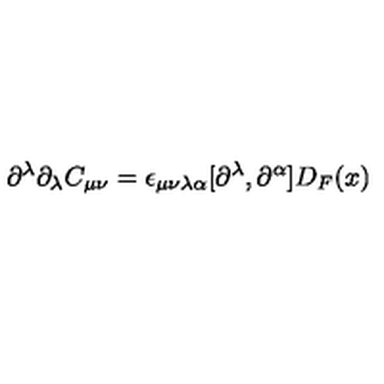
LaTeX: \partial ^ { \lambda } \partial _ { \lambda } C _ { \mu \nu } = \epsilon _ { \mu \nu \lambda \alpha } [ \partial ^ { \lambda } , \partial ^ { \alpha } ] D _ { F } ( x )